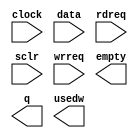
// megafunction wizard: %FIFO%VBB%
// GENERATION: STANDARD
// VERSION: WM1.0
// MODULE: scfifo 

// ============================================================
// Megafunction Name(s):
// 			scfifo
//
// Simulation Library Files(s):
// 			altera_mf
// ============================================================
// ************************************************************
// THIS IS A WIZARD-GENERATED FILE. DO NOT EDIT THIS FILE!
//
// 16.0.2 Build 222 07/20/2016 SJ Standard Edition
// ************************************************************

//Copyright (C) 1991-2016 Altera Corporation. All rights reserved.
//Your use of Altera Corporation's design tools, logic functions 
//and other software and tools, and its AMPP partner logic 
//functions, and any output files from any of the foregoing 
//(including device programming or simulation files), and any 
//associated documentation or information are expressly subject 
//to the terms and conditions of the Altera Program License 
//Subscription Agreement, the Altera Quartus Prime License Agreement,
//the Altera MegaCore Function License Agreement, or other 
//applicable license agreement, including, without limitation, 
//that your use is for the sole purpose of programming logic 
//devices manufactured by Altera and sold by Altera or its 
//authorized distributors.  Please refer to the applicable 
//agreement for further details.

module MSG_FIFO (
	clock,
	data,
	rdreq,
	sclr,
	wrreq,
	empty,
	q,
	usedw);

	input	  clock;
	input	[31:0]  data;
	input	  rdreq;
	input	  sclr;
	input	  wrreq;
	output	  empty;
	output	[31:0]  q;
	output	[7:0]  usedw;

endmodule

// ============================================================
// CNX file retrieval info
// ============================================================
// Retrieval info: PRIVATE: AlmostEmpty NUMERIC "0"
// Retrieval info: PRIVATE: AlmostEmptyThr NUMERIC "-1"
// Retrieval info: PRIVATE: AlmostFull NUMERIC "0"
// Retrieval info: PRIVATE: AlmostFullThr NUMERIC "-1"
// Retrieval info: PRIVATE: CLOCKS_ARE_SYNCHRONIZED NUMERIC "1"
// Retrieval info: PRIVATE: Clock NUMERIC "0"
// Retrieval info: PRIVATE: Depth NUMERIC "256"
// Retrieval info: PRIVATE: Empty NUMERIC "1"
// Retrieval info: PRIVATE: Full NUMERIC "0"
// Retrieval info: PRIVATE: INTENDED_DEVICE_FAMILY STRING "MAX 10"
// Retrieval info: PRIVATE: LE_BasedFIFO NUMERIC "0"
// Retrieval info: PRIVATE: LegacyRREQ NUMERIC "0"
// Retrieval info: PRIVATE: MAX_DEPTH_BY_9 NUMERIC "0"
// Retrieval info: PRIVATE: OVERFLOW_CHECKING NUMERIC "0"
// Retrieval info: PRIVATE: Optimize NUMERIC "0"
// Retrieval info: PRIVATE: RAM_BLOCK_TYPE NUMERIC "0"
// Retrieval info: PRIVATE: SYNTH_WRAPPER_GEN_POSTFIX STRING "0"
// Retrieval info: PRIVATE: UNDERFLOW_CHECKING NUMERIC "0"
// Retrieval info: PRIVATE: UsedW NUMERIC "1"
// Retrieval info: PRIVATE: Width NUMERIC "32"
// Retrieval info: PRIVATE: dc_aclr NUMERIC "0"
// Retrieval info: PRIVATE: diff_widths NUMERIC "0"
// Retrieval info: PRIVATE: msb_usedw NUMERIC "0"
// Retrieval info: PRIVATE: output_width NUMERIC "32"
// Retrieval info: PRIVATE: rsEmpty NUMERIC "1"
// Retrieval info: PRIVATE: rsFull NUMERIC "0"
// Retrieval info: PRIVATE: rsUsedW NUMERIC "0"
// Retrieval info: PRIVATE: sc_aclr NUMERIC "0"
// Retrieval info: PRIVATE: sc_sclr NUMERIC "1"
// Retrieval info: PRIVATE: wsEmpty NUMERIC "0"
// Retrieval info: PRIVATE: wsFull NUMERIC "1"
// Retrieval info: PRIVATE: wsUsedW NUMERIC "0"
// Retrieval info: LIBRARY: altera_mf altera_mf.altera_mf_components.all
// Retrieval info: CONSTANT: ADD_RAM_OUTPUT_REGISTER STRING "OFF"
// Retrieval info: CONSTANT: INTENDED_DEVICE_FAMILY STRING "MAX 10"
// Retrieval info: CONSTANT: LPM_NUMWORDS NUMERIC "256"
// Retrieval info: CONSTANT: LPM_SHOWAHEAD STRING "ON"
// Retrieval info: CONSTANT: LPM_TYPE STRING "scfifo"
// Retrieval info: CONSTANT: LPM_WIDTH NUMERIC "32"
// Retrieval info: CONSTANT: LPM_WIDTHU NUMERIC "8"
// Retrieval info: CONSTANT: OVERFLOW_CHECKING STRING "ON"
// Retrieval info: CONSTANT: UNDERFLOW_CHECKING STRING "ON"
// Retrieval info: CONSTANT: USE_EAB STRING "ON"
// Retrieval info: USED_PORT: clock 0 0 0 0 INPUT NODEFVAL "clock"
// Retrieval info: USED_PORT: data 0 0 32 0 INPUT NODEFVAL "data[31..0]"
// Retrieval info: USED_PORT: empty 0 0 0 0 OUTPUT NODEFVAL "empty"
// Retrieval info: USED_PORT: q 0 0 32 0 OUTPUT NODEFVAL "q[31..0]"
// Retrieval info: USED_PORT: rdreq 0 0 0 0 INPUT NODEFVAL "rdreq"
// Retrieval info: USED_PORT: sclr 0 0 0 0 INPUT NODEFVAL "sclr"
// Retrieval info: USED_PORT: usedw 0 0 8 0 OUTPUT NODEFVAL "usedw[7..0]"
// Retrieval info: USED_PORT: wrreq 0 0 0 0 INPUT NODEFVAL "wrreq"
// Retrieval info: CONNECT: @clock 0 0 0 0 clock 0 0 0 0
// Retrieval info: CONNECT: @data 0 0 32 0 data 0 0 32 0
// Retrieval info: CONNECT: @rdreq 0 0 0 0 rdreq 0 0 0 0
// Retrieval info: CONNECT: @sclr 0 0 0 0 sclr 0 0 0 0
// Retrieval info: CONNECT: @wrreq 0 0 0 0 wrreq 0 0 0 0
// Retrieval info: CONNECT: empty 0 0 0 0 @empty 0 0 0 0
// Retrieval info: CONNECT: q 0 0 32 0 @q 0 0 32 0
// Retrieval info: CONNECT: usedw 0 0 8 0 @usedw 0 0 8 0
// Retrieval info: GEN_FILE: TYPE_NORMAL MSG_FIFO.v TRUE
// Retrieval info: GEN_FILE: TYPE_NORMAL MSG_FIFO.inc FALSE
// Retrieval info: GEN_FILE: TYPE_NORMAL MSG_FIFO.cmp FALSE
// Retrieval info: GEN_FILE: TYPE_NORMAL MSG_FIFO.bsf FALSE
// Retrieval info: GEN_FILE: TYPE_NORMAL MSG_FIFO_inst.v TRUE
// Retrieval info: GEN_FILE: TYPE_NORMAL MSG_FIFO_bb.v TRUE
// Retrieval info: LIB_FILE: altera_mf